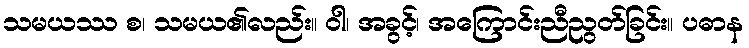
သမယဿ စ၊ သမယ၏လည်း။ ဝါ၊ အခွင့်၊ အကြောင်းညီညွတ်ခြင်း။ ပဓာန